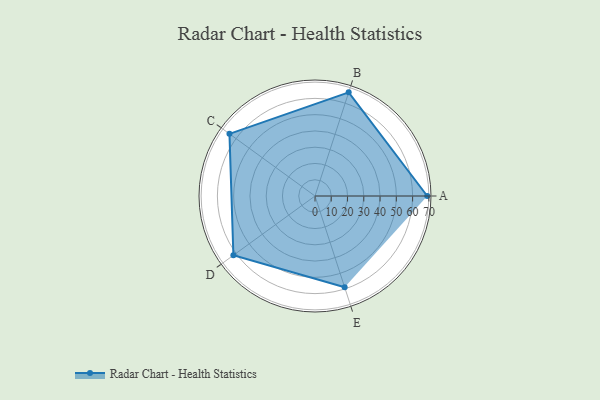
{"axis": {"x": "Skill", "y": "Score"}, "legend": ["Profile"], "data": [{"x": "A", "y": 69.0, "type": "Profile"}, {"x": "B", "y": 67.0, "type": "Profile"}, {"x": "C", "y": 65.0, "type": "Profile"}, {"x": "D", "y": 62.0, "type": "Profile"}, {"x": "E", "y": 59.0, "type": "Profile"}]}